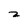
Character: z